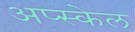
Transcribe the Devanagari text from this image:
अप्स्केल